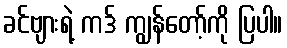
ခင်ဗျားရဲ့ ကဒ် ကျွန်တော့်ကို ပြပါ။